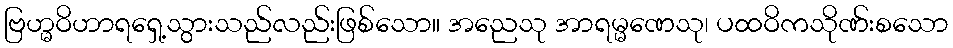
ဗြဟ္မဝိဟာရရှေ့သွားသည်လည်းဖြစ်သော။ အညေသု အာရမ္မဏေသု၊ ပထဝိကသိုဏ်းစသော